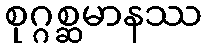
စုဂ္ဂစ္ဆမာနဿ